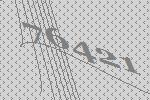
76421